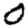
Digit: 0